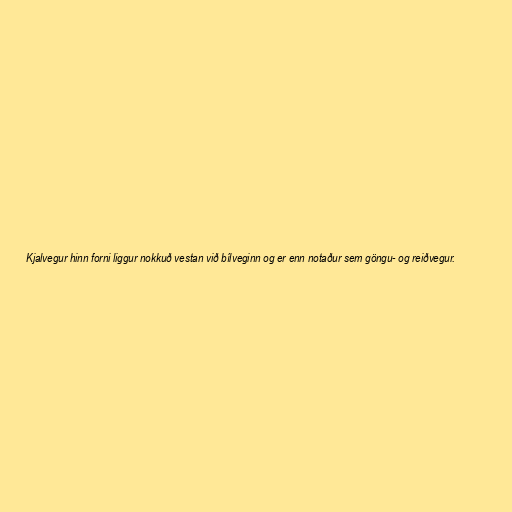
Kjalvegur hinn forni liggur nokkuð vestan við bílveginn og er enn notaður sem göngu- og reiðvegur.